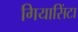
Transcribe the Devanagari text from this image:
गियासिंटा